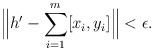
\begin{align*}\Big\|h'-\sum_{i=1}^m[x_i,y_i]\Big\|<\epsilon.\end{align*}